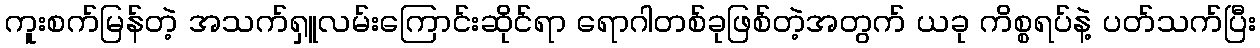
ကူးစက်မြန်တဲ့ အသက်ရှူလမ်းကြောင်းဆိုင်ရာ ရောဂါတစ်ခုဖြစ်တဲ့အတွက် ယခု ကိစ္စရပ်နဲ့ ပတ်သက်ပြီး